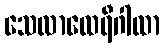
သေလာထေရီဂါထာ